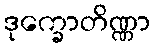
ဒုက္ခောတိဏ္ဏာ